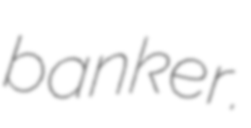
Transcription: banker.